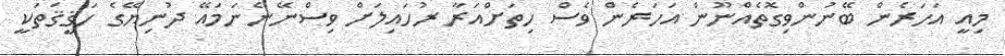
މިއީ އަހަރެން ބޭނުންވިގޮތެއްނޫން އަހަރެން ވެސް ހިތަށްއަރާ ރުހައިލަށް ވިސްނޭނެނަމައޭ ދުނިޔޭގެ ހަޤީޤަތަކީ